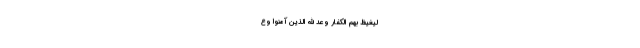
لِيَغِيظَ بِهِمُ الْكُفَّارَ وَعَدَ اللَّهُ الَّذِينَ آمَنُوا وَع